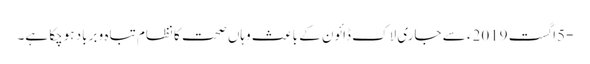
-5اگست 2019ء سے جاری لاک ڈائون کے باعث وہاں صحت کا نظام تباہ و برباد ہوچکا ہے۔